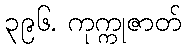
၃၉၆. ကုက္ကုဇာတ်